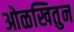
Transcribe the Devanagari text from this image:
ओळखितुन